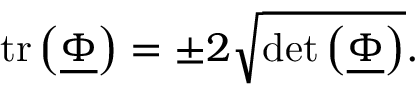
\mathrm { t r } \left( \underline { { \boldsymbol { \Phi } } } \right) = \pm 2 \sqrt { \mathrm { d e t } \left( \underline { { \boldsymbol { \Phi } } } \right) } .